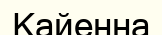
Кайенна